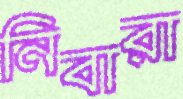
নিবারা